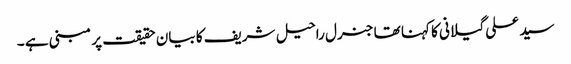
سید علی گیلانی کا کہنا تھا جنرل راحیل شریف کا بیان حقیقت پر مبنی ہے ۔